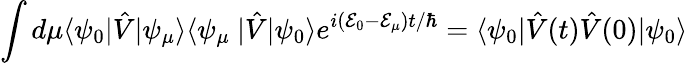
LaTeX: \int d\mu\langle\psi_{0}|\hat{V}|\psi_{\mu}\rangle\langle\psi_{\mu}\ |\hat{V}|\psi_{0}\rangle e^{i(\mathcal{E}_{0}-\mathcal{E}_{\mu})t/\hbar}=\langle\psi_{0}|\hat{V}(t)\hat{V}(0)|\psi_{0}\rangle